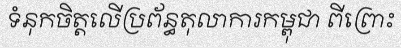
ទំនុកចិត្តលើប្រព័ន្ធតុលាការកម្ពុជា ពីព្រោះ